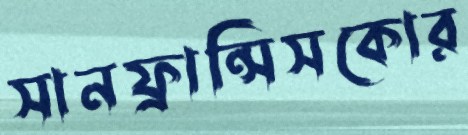
সানফ্রান্সিসকোর